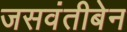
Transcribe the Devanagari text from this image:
जसवंतीबेन